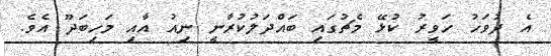
އެ ދުވަހު ހަވީރު ކުޅޭ މެޗުގައި ބައްދަލުކުރާނީ ނިއު އާއި މަހިބަދޫ އެވެ.